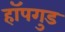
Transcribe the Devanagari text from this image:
हॉपगुड